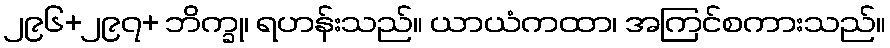
၂၉၆+၂၉၇+ ဘိက္ခု၊ ရဟန်းသည်။ ယာယံကထာ၊ အကြင်စကားသည်။